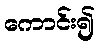
ကောင်း၍